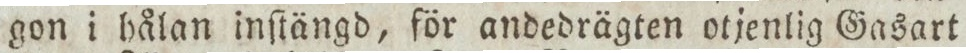
gon i hålan inſtängd, för andedrägten otjenlig Gasart